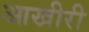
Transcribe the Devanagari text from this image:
आखीरी